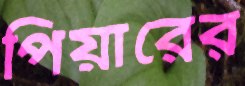
পিয়ারের